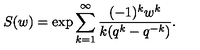
S ( w ) = \exp \sum _ { k = 1 } ^ { \infty } \frac { ( - 1 ) ^ { k } w ^ { k } } { k ( q ^ { k } - q ^ { - k } ) } .